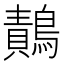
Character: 𪄸